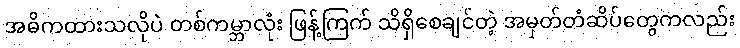
အဓိကထားသလိုပဲ တစ်ကမ္ဘာလုံး ဖြန့်ကြက် သိရှိစေချင်တဲ့ အမှတ်တံဆိပ်တွေကလည်း